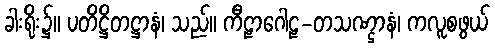
ခါးရိုး၌။ ပတိဋ္ဌိတဋ္ဌာနံ၊ သည်။ ကီဠာဂေါဠ-တသဏ္ဌာနံ၊ ကလူစဖွယ်